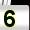
Digit: 5